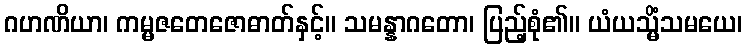
ဂဟဏိယာ၊ ကမ္မဇတေဇောဓာတ်နှင့်။ သမန္နာဂတော၊ ပြည့်စုံ၏။ ယံယသ္မိံသမယေ၊